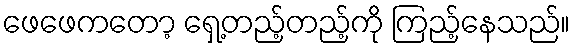
ဖေဖေကတော့ ရှေ့တည့်တည့်ကို ကြည့်နေသည်။